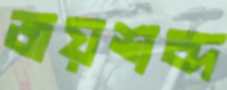
জয়শব্দ